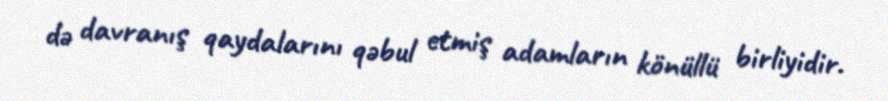
də davranış qaydalarını qəbul etmiş adamların könüllü birliyidir.